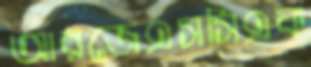
আরজেএসসিএফ